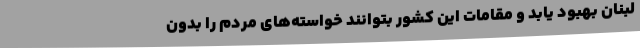
لبنان بهبود یابد و مقامات این کشور بتوانند خواسته‌های مردم را بدون